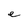
Character: e